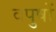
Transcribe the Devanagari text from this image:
वपुषों